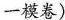
一模卷)